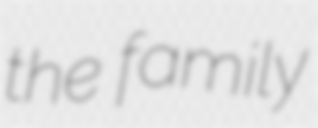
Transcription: the family